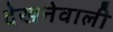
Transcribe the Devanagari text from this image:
देखनेवाली